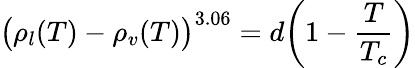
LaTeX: \big(\rho_{l}(T)-\rho_{v}(T)\big)^{3.06}=d\bigg(1-\frac{T}{T_{c}}\bigg)